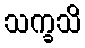
သက္ခသိ